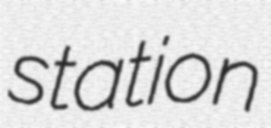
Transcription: station